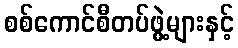
စစ်ကောင်စီတပ်ဖွဲ့များနှင့်